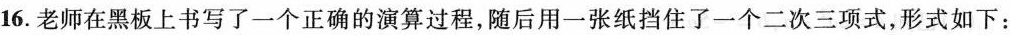
16.老师在黑板上书写了一个正确的演算过程，随后用一张纸挡住了一个二次三项式，形式如下：